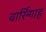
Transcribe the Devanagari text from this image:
वार्रिन्गाह